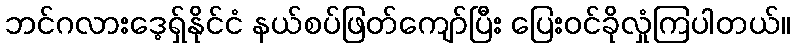
ဘင်ဂလားဒေ့ရှ်နိုင်ငံ နယ်စပ်ဖြတ်ကျော်ပြီး ပြေးဝင်ခိုလှုံကြပါတယ်။